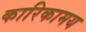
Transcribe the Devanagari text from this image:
कारिकामय